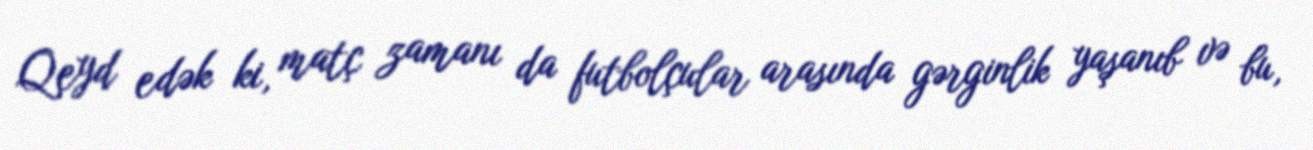
Qeyd edək ki, matç zamanı da futbolçular arasında gərginlik yaşanıb və bu,